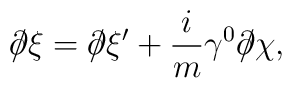
\partial \!\!\!/ \xi = \partial \!\!\!/ \xi^\prime + \frac{i}{m} \gamma^0 \partial \!\!\!/ \chi ,